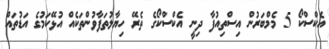
އެކްސްކޯ 5 މެމްބަރުން އިސްތިއުފާ ދިނީ އެކްސްކޯގެ ތެރޭ ހިޔާލުތަފާވުންތަކެއް އުޅޭކަމުގެ އަޑުތައް